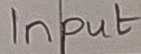
Text: Input